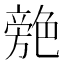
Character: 䒍